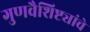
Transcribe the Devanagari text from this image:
गुणवैशिष्ट्यांचे